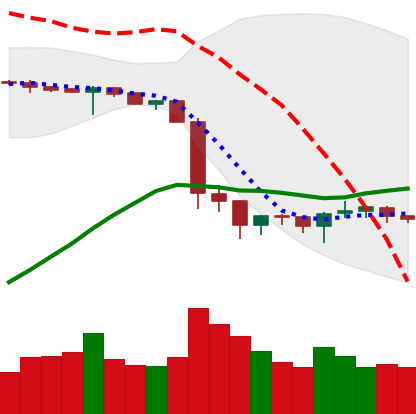
Ticker: BTC-USD
Chart end date: 2019-10-04
Forward return: 4.75%
Label: up_3_5